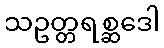
သဥတ္တရစ္ဆဒေါ